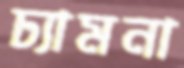
ঢ্যামনা